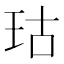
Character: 𪻕